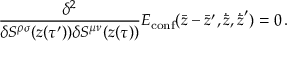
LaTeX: { \frac { \delta ^ { 2 } } { \delta S ^ { \rho \sigma } ( z ( \tau ^ { \prime } ) ) \delta S ^ { \mu \nu } ( z ( \tau ) ) } } E _ { \mathrm { c o n f } } ( \bar { z } - \bar { z } ^ { \prime } , \dot { \bar { z } } , \dot { \bar { z } } ^ { \prime } ) = 0 \, .